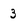
Character: 3